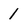
Character: 1